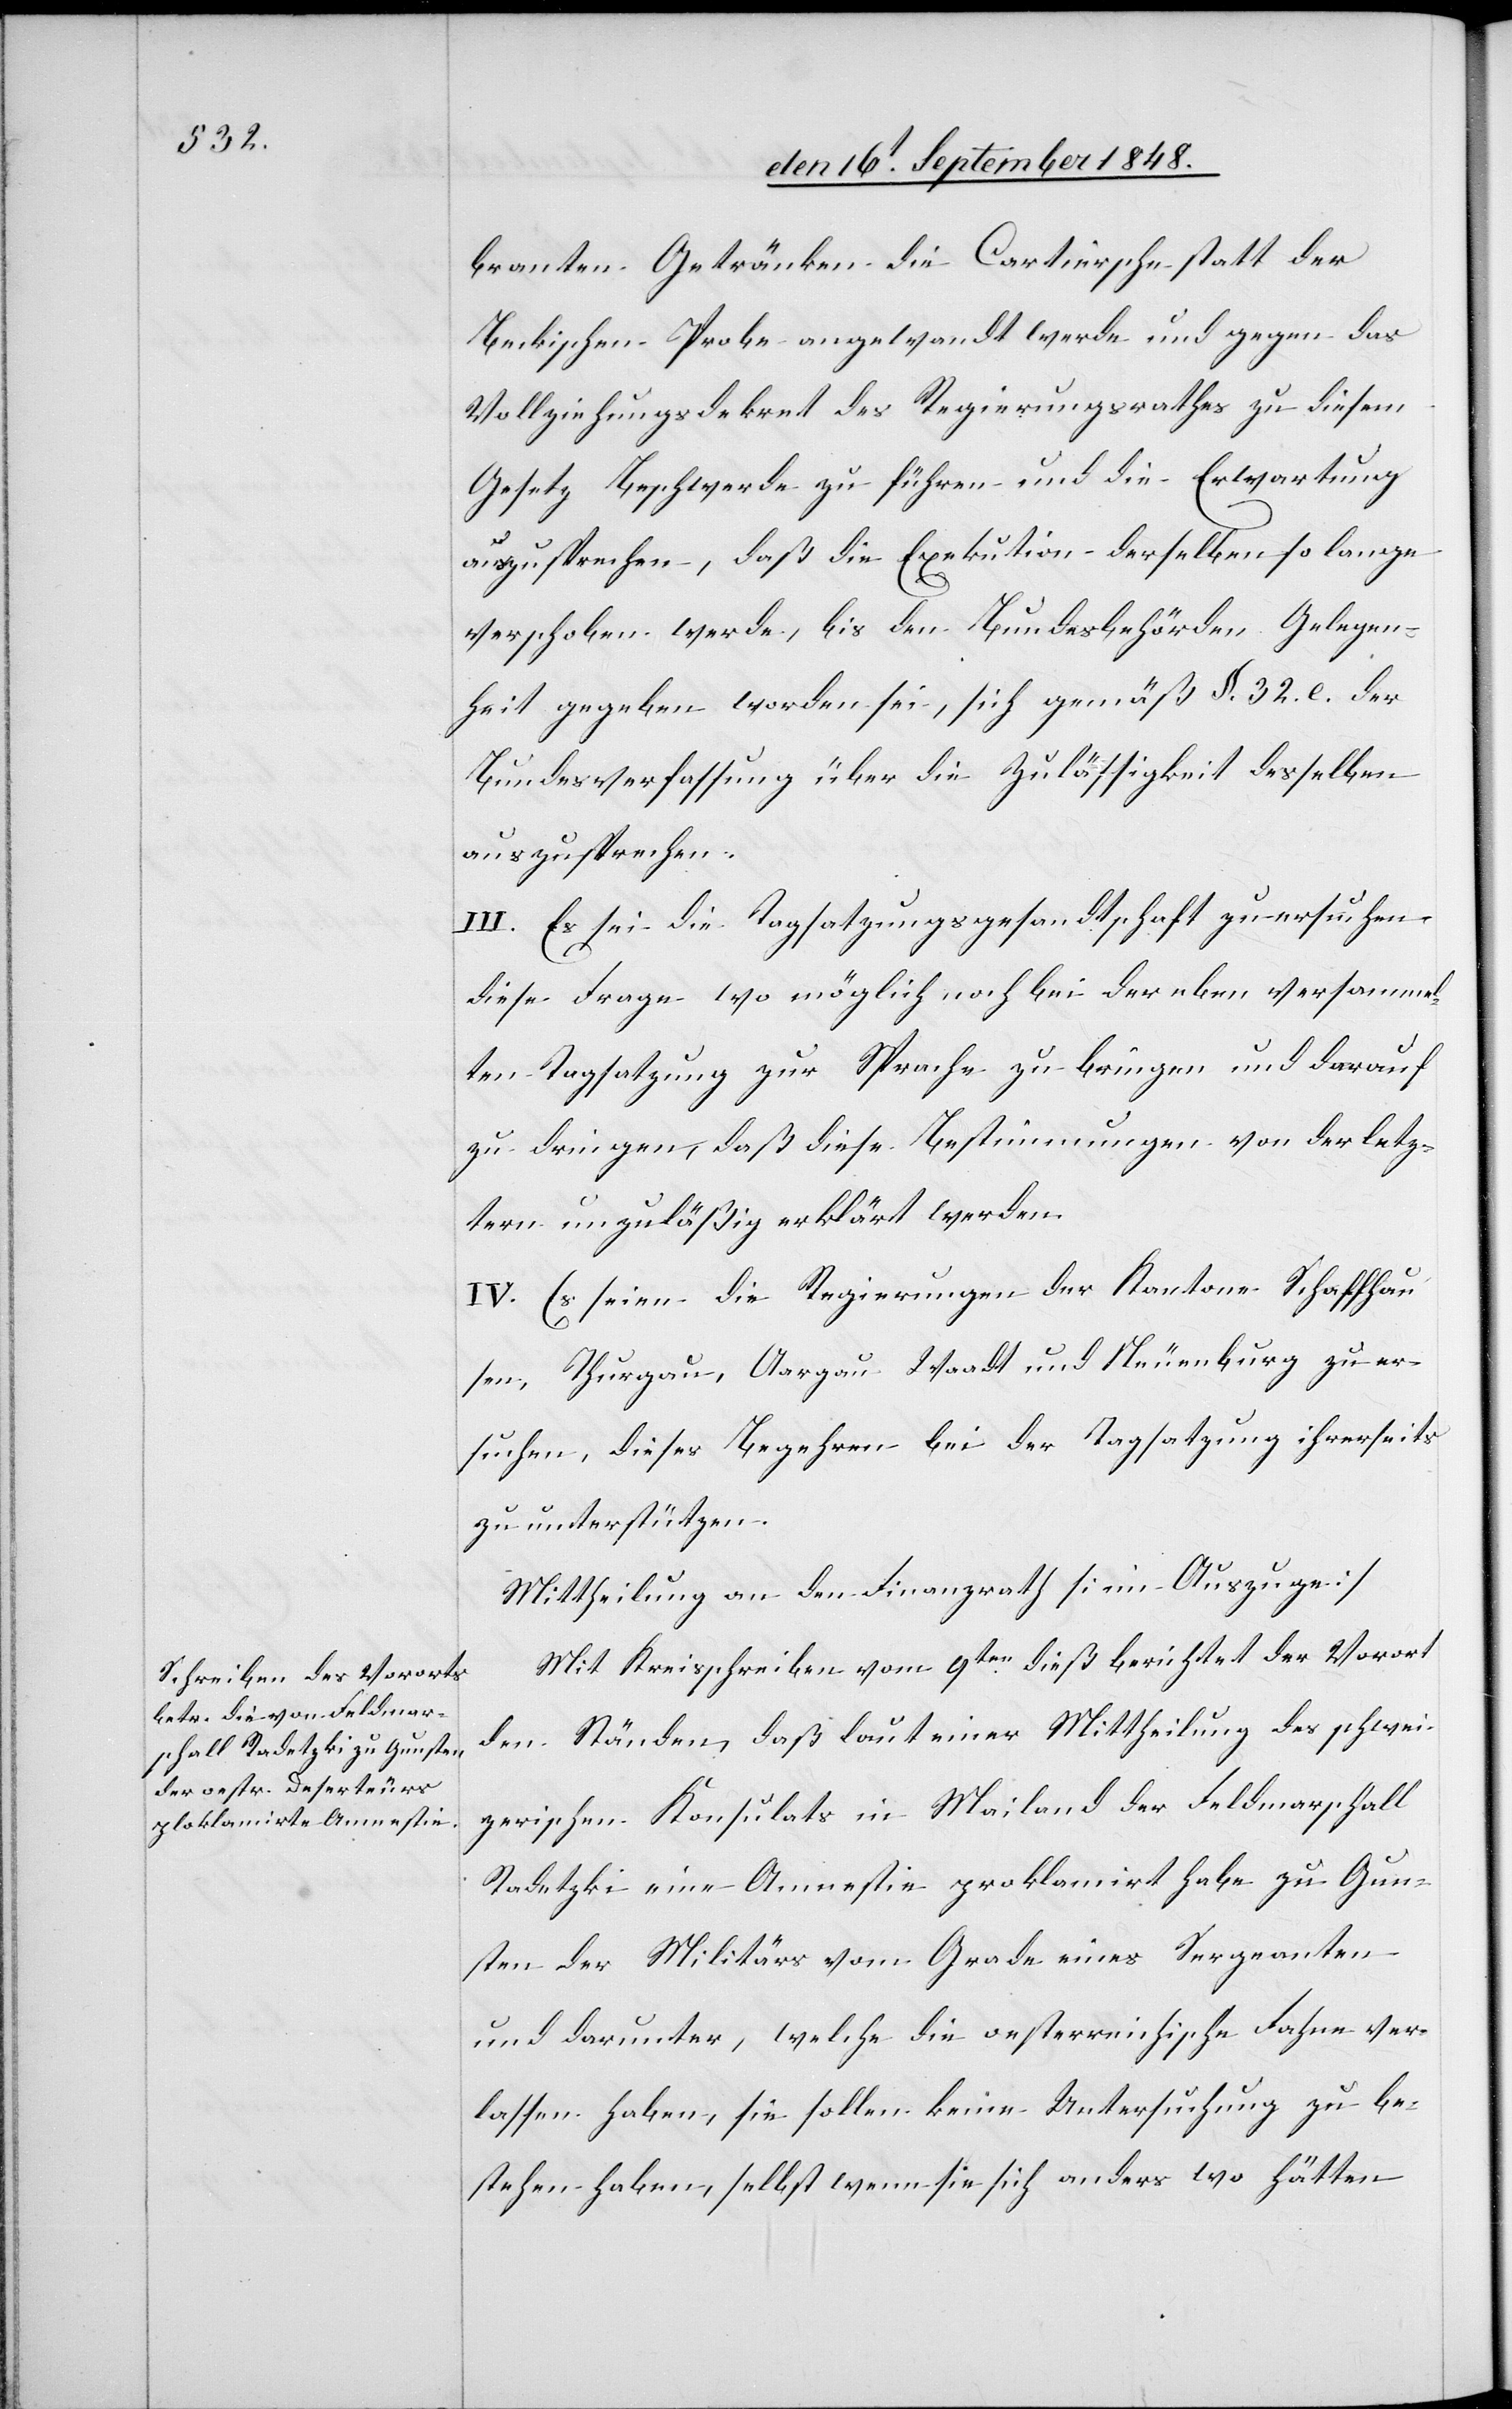
brannten Getränken die Cartiersche statt der
Beckischen Probe angewandt werde und gegen das
Vollziehungsdekret des Regierungsrathes zu diesem
Gesetz Beschwerde zuführen und die Erwartung
auszusprechen, daß die Exekution derselben so lange
verschoben werde, bis den Bundesbehörden Gelegen¬
heit gegeben worden sei, sich gemäß §. 32. c. der
Bundesverfassung über die Zulässigkeit desselben
auszusprechen.
III. Es sei die Tagsatzungsgesandtschaft zu ersuchen,
diese Frage wo möglich noch bei der eben versammel¬
ten Tagsatzung zur Sprache zu bringen und darauf
zu dringen, daß diese Bestimmungen von der letz¬
tern unzuläßig erklärt werden.
IV. Es seien die Regierungen der Kantone Schaffhau¬
sen, Thurgau, Aargau Waadt und Neuenburg zu er¬
suchen, dieses Begehren bei der Tagsatzung ihrerseits
zu unterstützen.
Mittheilung an den Finanzrath [im Auszuge].
Mit Kreisschreiben vom 9ten dieß berichtet der Vorort
den Ständen, daß laut einer Mittheilung des schwei¬
zerischen Konsulats in Mailand der Feldmarschall
Radetzki eine Amnestie proklamirt habe zu Gun¬
sten der Militärs vom Grade eines Sergeanten
und darunter, welche die oesterreichische Fahne ver¬
lassen haben, sie sollen keine Untersuchung zu be¬
stehen haben, selbst wenn sie sich anders wo hätten